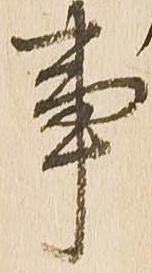
事